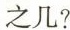
之几?